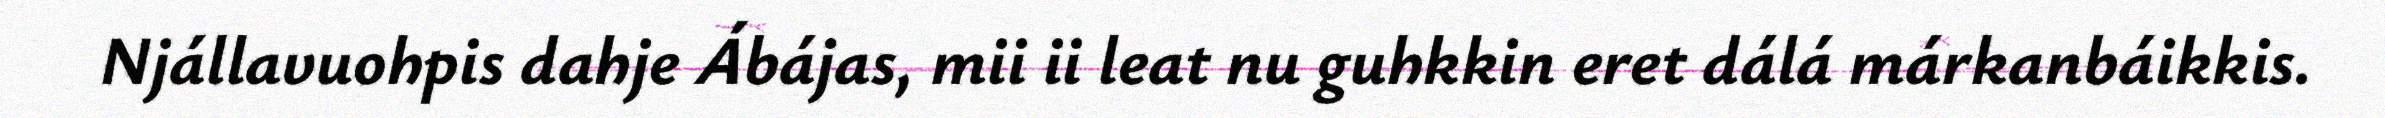
Njállavuohpis dahje Ábájas, mii ii leat nu guhkkin eret dálá márkanbáikkis.